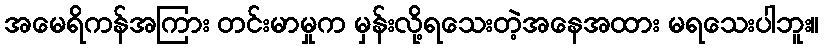
အမေရိကန်အကြား တင်းမာမှုက မှန်းလို့ရသေးတဲ့အနေအထား မရသေးပါဘူး။